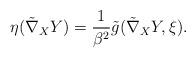
LaTeX: \begin{align*}\eta (\tilde{\nabla}_{X}Y)=\frac{1}{\beta ^{2}}\tilde{g}(\tilde{\nabla}_{X}Y,\xi ). \end{align*}